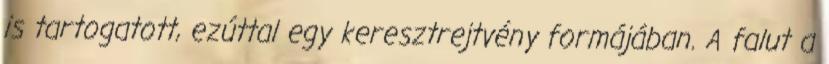
is tartogatott, ezúttal egy keresztrejtvény formájában. A falut a